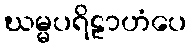
ဃမ္မပရိဠာဟံပေ